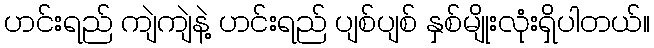
ဟင်းရည် ကျဲကျဲနဲ့ ဟင်းရည် ပျစ်ပျစ် နှစ်မျိုးလုံးရှိပါတယ်။